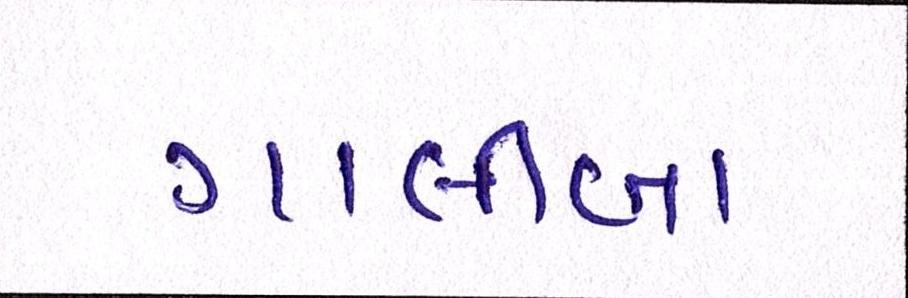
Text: ગાલીબા